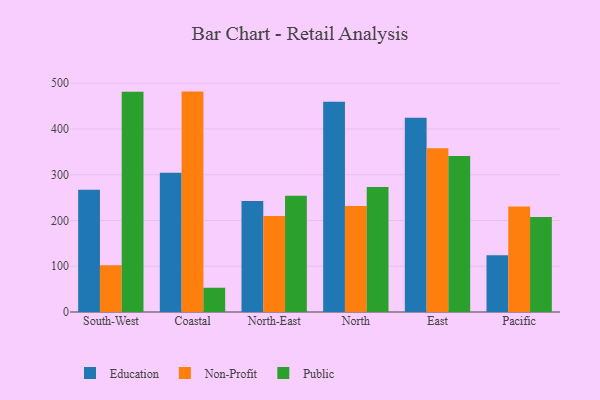
{"axis": {"x": "Region", "y": "Headcount"}, "legend": ["Education", "Non-Profit", "Public"], "data": [{"x": "South-West", "y": 267.4, "type": "Education"}, {"x": "South-West", "y": 102.3, "type": "Non-Profit"}, {"x": "South-West", "y": 481.5, "type": "Public"}, {"x": "Coastal", "y": 304.3, "type": "Education"}, {"x": "Coastal", "y": 481.6, "type": "Non-Profit"}, {"x": "Coastal", "y": 53.0, "type": "Public"}, {"x": "North-East", "y": 242.6, "type": "Education"}, {"x": "North-East", "y": 210.0, "type": "Non-Profit"}, {"x": "North-East", "y": 254.0, "type": "Public"}, {"x": "North", "y": 459.3, "type": "Education"}, {"x": "North", "y": 231.7, "type": "Non-Profit"}, {"x": "North", "y": 272.9, "type": "Public"}, {"x": "East", "y": 424.2, "type": "Education"}, {"x": "East", "y": 357.8, "type": "Non-Profit"}, {"x": "East", "y": 340.7, "type": "Public"}, {"x": "Pacific", "y": 123.8, "type": "Education"}, {"x": "Pacific", "y": 230.6, "type": "Non-Profit"}, {"x": "Pacific", "y": 207.5, "type": "Public"}]}